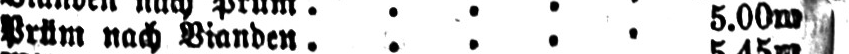
Prüm nach Vianden ..... 5.00m